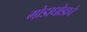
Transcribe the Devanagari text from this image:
गोडाधोडाचे